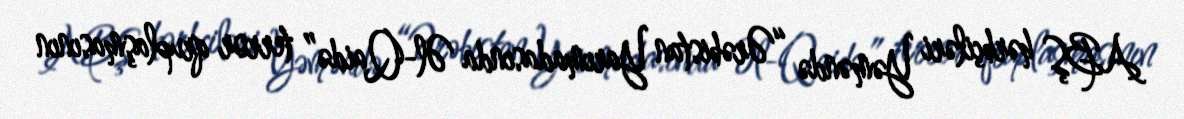
ABŞ hərbçiləri Yəməndə “Ərəbistan Yarımadasında Əl-Qaidə” terror qruplaşmasının